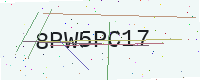
Text: 8PW5PC17